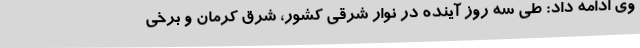
وی ادامه داد: طی سه روز آینده در نوار شرقی کشور، شرق کرمان و برخی